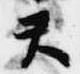
天